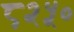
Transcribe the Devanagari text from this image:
८२५०